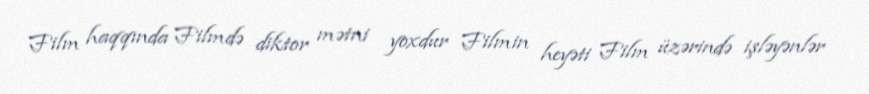
Film haqqında Filmdə diktor mətni yoxdur Filmin heyəti Film üzərində işləyənlər